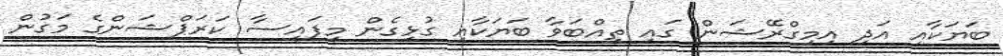
ބަޔަކާއި އަދި އިމިގްރޭޝަން ގައި ތިއްބަވާ ބަޔަކާއި ގުޅިގެން މިފައިސާ ކަރަޕްޝަންގެ މަގުން